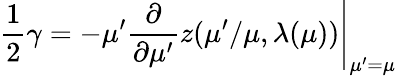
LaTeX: \frac{1}{2}\gamma=-\mu^{\prime}\frac{\partial}{\partial\mu^{\prime}}z(\mu^{\prime}/\mu,\lambda(\mu))\Bigg|_{\mu^{\prime}=\mu}